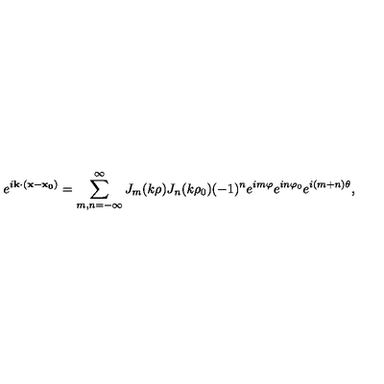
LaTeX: e ^ { i { \bf k } \cdot ( { \bf x } - { \bf x _ { 0 } } ) } = \sum _ { m , n = - \infty } ^ { \infty } J _ { m } ( k \rho ) J _ { n } ( k \rho _ { 0 } ) ( - 1 ) ^ { n } e ^ { i m \varphi } e ^ { i n \varphi _ { 0 } } e ^ { i ( m + n ) \theta } ,